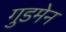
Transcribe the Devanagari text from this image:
गुडमेन